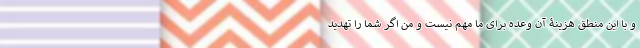
و با این منطق هزینۀ آن وعده برای ما مهم نیست و من اگر شما را تهدید